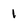
Character: 1